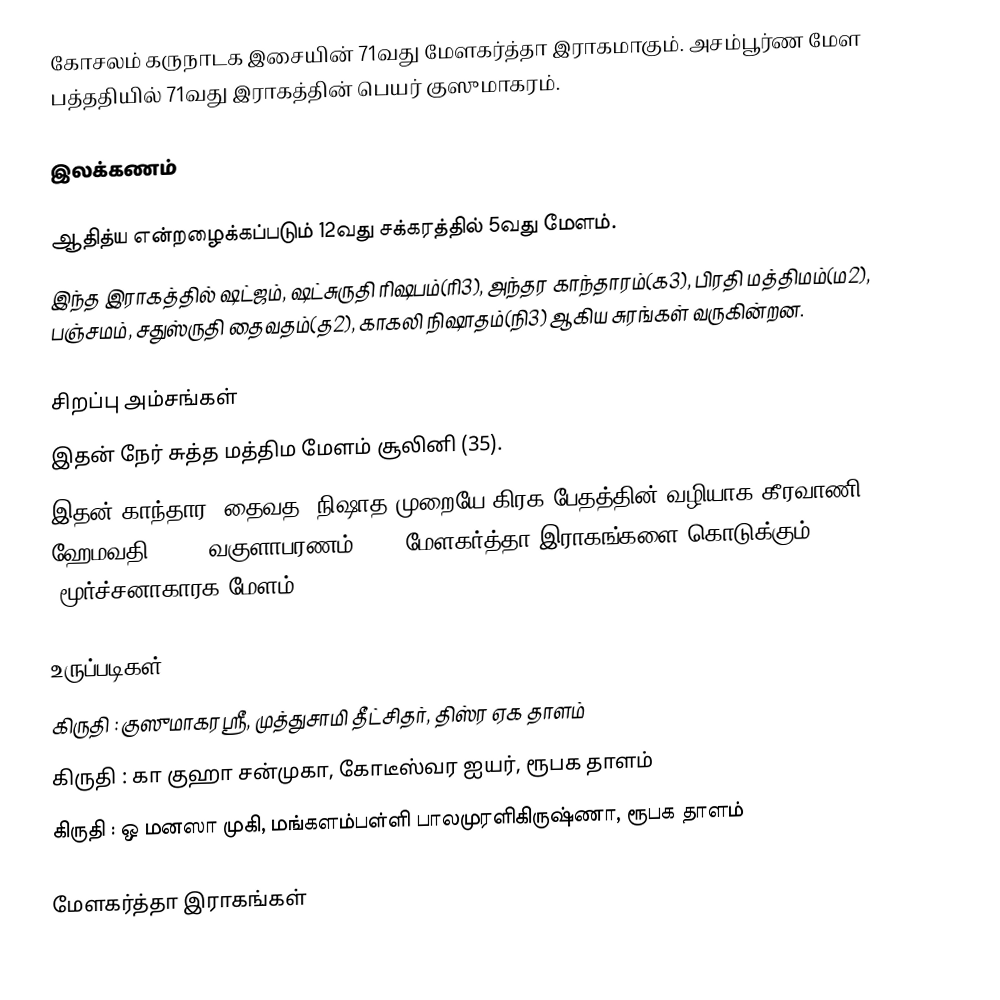
கோசலம் கருநாடக இசையின் 71வது மேளகர்த்தா இராகமாகும். அசம்பூர்ண மேள பத்ததியில் 71வது இராகத்தின் பெயர் குஸுமாகரம்.

இலக்கணம்

 ஆதித்ய என்றழைக்கப்படும் 12வது சக்கரத்தில் 5வது மேளம்.
 இந்த இராகத்தில் ஷட்ஜம், ஷட்சுருதி ரிஷபம்(ரி3), அந்தர காந்தாரம்(க3), பிரதி மத்திமம்(ம2), பஞ்சமம், சதுஸ்ருதி தைவதம்(த2), காகலி நிஷாதம்(நி3) ஆகிய சுரங்கள் வருகின்றன.

சிறப்பு அம்சங்கள்
 இதன் நேர் சுத்த மத்திம மேளம் சூலினி (35).
 இதன் காந்தார, தைவத, நிஷாத முறையே கிரக பேதத்தின் வழியாக கீரவாணி (21), ஹேமவதி (58), வகுளாபரணம் (14) மேளகர்த்தா இராகங்களை கொடுக்கும். (மூர்ச்சனாகாரக மேளம்)

உருப்படிகள்
 கிருதி	: குஸுமாகரஸ்ரீ, முத்துசாமி தீட்சிதர், திஸ்ர ஏக தாளம்
 கிருதி	: கா குஹா சன்முகா, கோடீஸ்வர ஐயர், ரூபக தாளம்
 கிருதி	: ஒ மனஸா முகி, மங்களம்பள்ளி பாலமுரளிகிருஷ்ணா, ரூபக தாளம்

மேளகர்த்தா இராகங்கள்